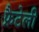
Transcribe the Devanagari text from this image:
फ्रैटेली